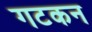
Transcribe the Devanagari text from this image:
गटकन